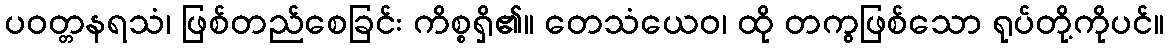
ပဝတ္တနရသံ၊ ဖြစ်တည်စေခြင်း ကိစ္စရှိ၏။ တေသံယေဝ၊ ထို တကွဖြစ်သော ရုပ်တို့ကိုပင်။